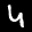
Label: 4